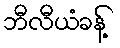
ဘီလီယံခန့်